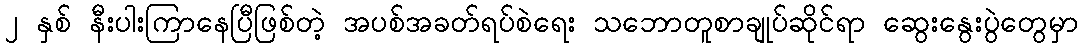
၂ နှစ် နီးပါးကြာနေပြီဖြစ်တဲ့ အပစ်အခတ်ရပ်စဲရေး သဘောတူစာချုပ်ဆိုင်ရာ ဆွေးနွေးပွဲတွေမှာ